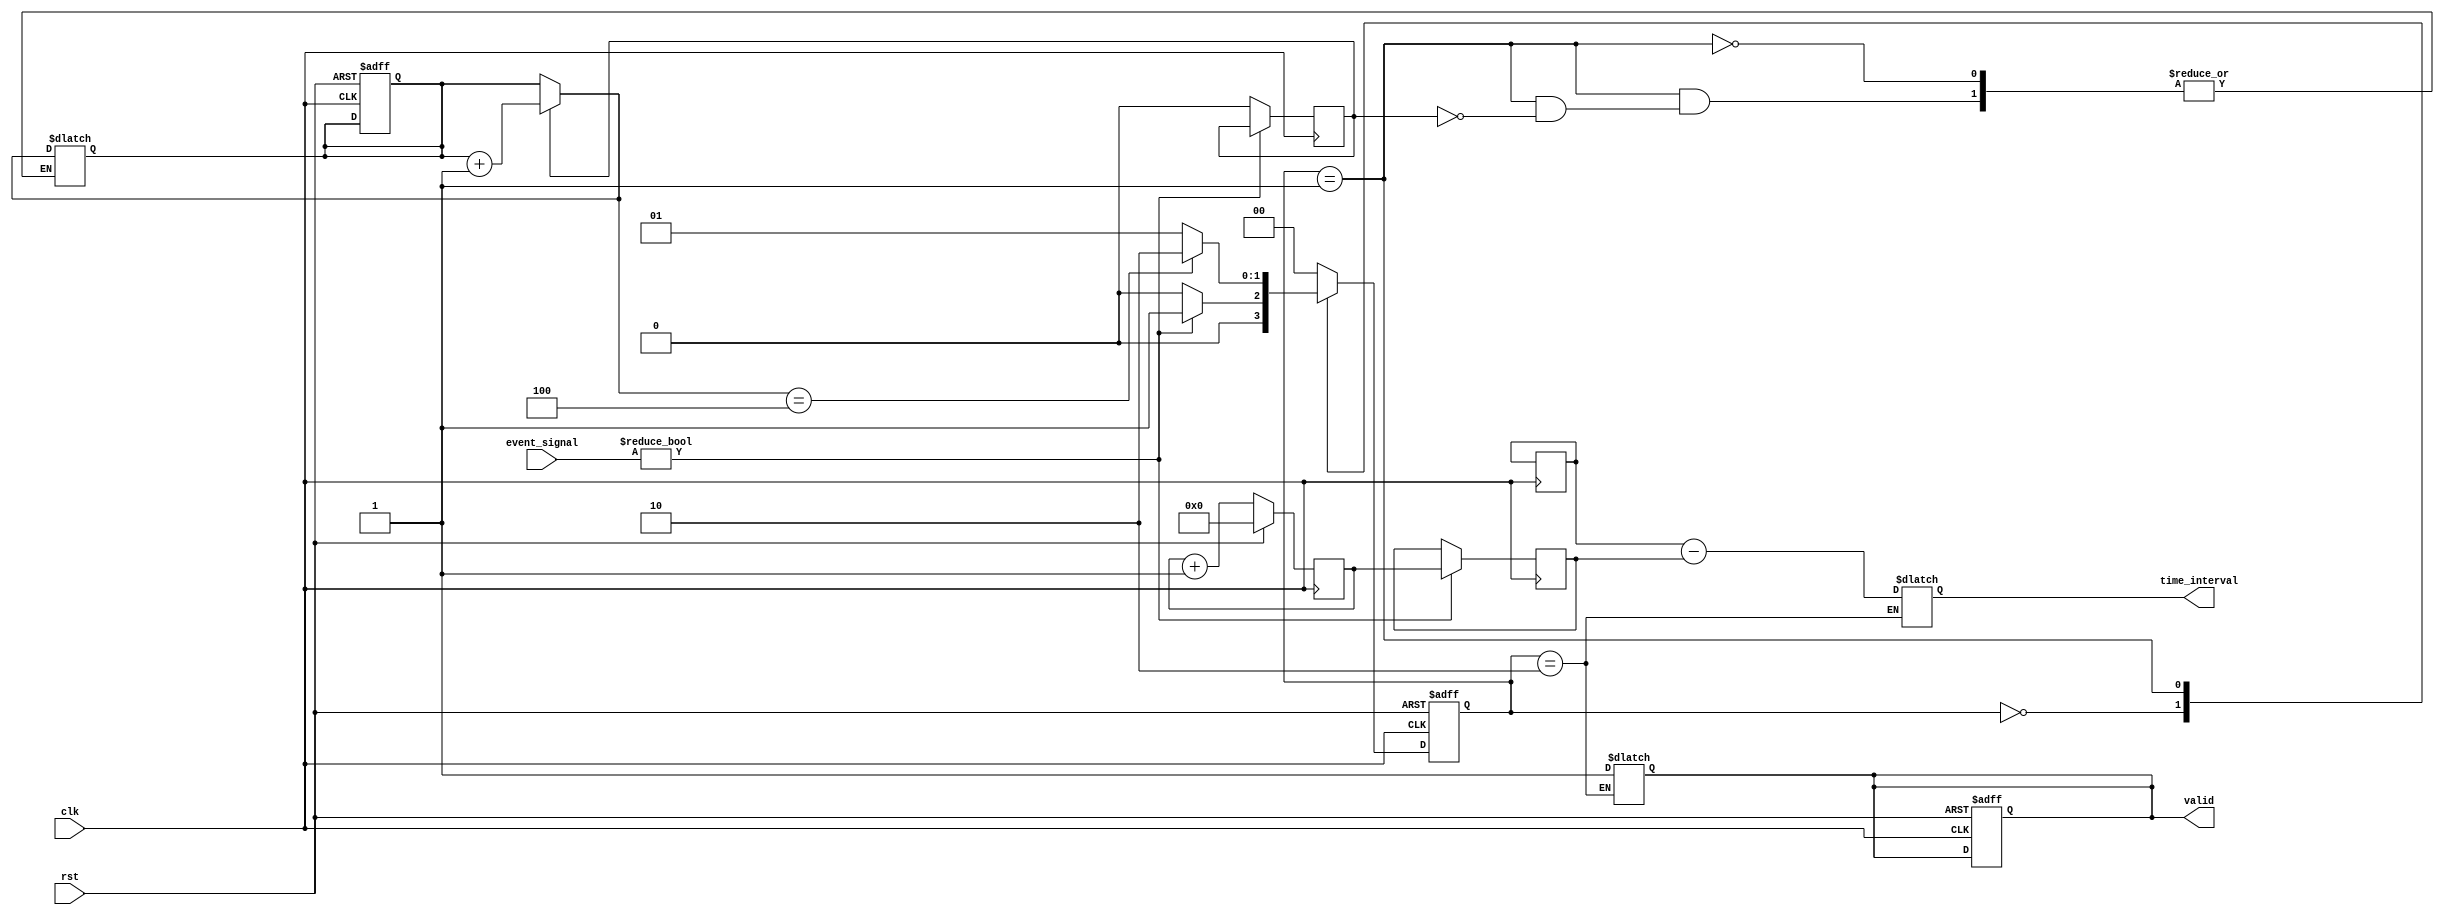
module MultiDomainTDC (
    input wire clk,                     // Master clock
    input wire rst,                     // Reset signal
    input wire [num_channels-1:0] event_signal, // Input event signals
    output reg [time_resolution-1:0] time_interval, // Measured time interval
    output reg valid                    // Signal to indicate valid measurement
);
    
    parameter num_channels = 4;        // Number of input channels
    parameter time_resolution = 32;     // Time resolution in bits
    parameter IDLE = 2'b00;
    parameter MEASURE = 2'b01;
    parameter RETRIEVE = 2'b10;

    reg [1:0] state, next_state;
    reg [time_resolution-1:0] timestamps [0:num_channels-1]; // Store timestamps
    reg [time_resolution-1:0] start_time, end_time; // Start and end timestamps
    reg [3:0] channel_index; // Current channel being processed

    // Event Detection
    always @(posedge clk or posedge rst) begin
        if (rst) begin
            state <= IDLE;
            valid <= 0;
            channel_index <= 0;
        end else begin
            state <= next_state;
        end
    end

    // FSM for control
    always @(*) begin
        case (state)
            IDLE: begin
                if (event_signal) begin
                    next_state = MEASURE;
                end else begin
                    next_state = IDLE;
                end
            end
            MEASURE: begin
                if (event_detected) begin // Assuming event_detected is signal captured
                    timestamps[channel_index] = time_counter; // Capture time
                    channel_index = channel_index + 1;
                end
                if (channel_index == num_channels) begin
                    next_state = RETRIEVE;
                end else begin
                    next_state = MEASURE;
                end
            end
            RETRIEVE: begin
                // Calculate time intervals
                valid = 1; // Indicate valid measurement
                time_interval = end_time - start_time; // Example calculation
                next_state = IDLE; // Go back to idle
            end
            default: next_state = IDLE;
        endcase
    end

    // Time Measurement Unit (TMU)
    // Example of a simple clock counter for timestamping
    reg [time_resolution-1:0] time_counter;
    always @(posedge clk) begin
        if (rst) begin
            time_counter <= 0;
        end else begin
            time_counter <= time_counter + 1; // Increment time counter
        end
    end

    // Example of edge detection logic (simplified)
    reg event_detected;
    always @(posedge clk) begin
        if (event_signal) begin
            start_time <= time_counter; // Capture start time
        end else if (event_signal) begin
            end_time <= time_counter; // Capture end time
            event_detected <= 1; // Set event detected flag
        end else begin
            event_detected <= 0; // Clear flag
        end
    end

endmodule